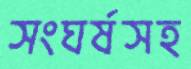
সংঘর্ষসহ